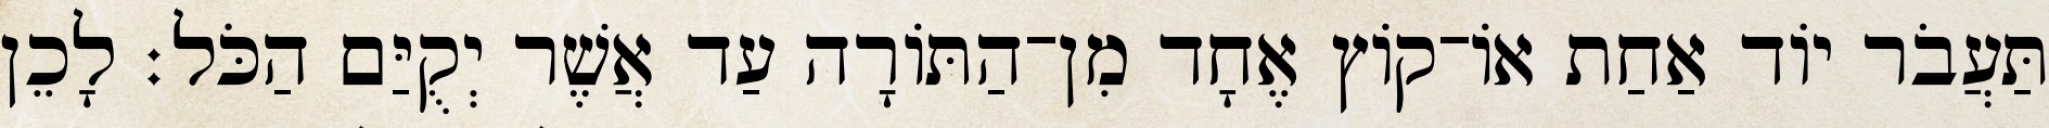
תַּעֲבֹר יוֹד אַחַת אוֹ־קוֹץ אֶחָד מִן־הַתּוֹרָה עַד אֲשֶׁר יְקֻיַּם הַכֹּל׃ לָכֵן